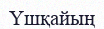
Үшқайың